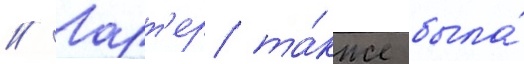
// Ларт'ер та́кже была́